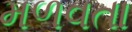
મળવતા